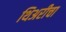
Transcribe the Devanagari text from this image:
थिअरीचा